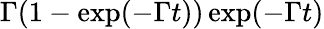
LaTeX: \Gamma(1-\exp(-\Gamma t))\exp(-\Gamma t)